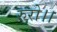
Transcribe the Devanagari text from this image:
रुरो।।